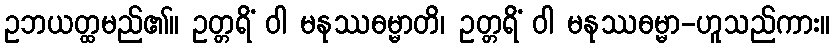
ဥဘယတ္ထမည်၏။ ဥတ္တရိံ ဝါ မနုဿဓမ္မာတိ၊ ဥတ္တရိံ ဝါ မနုဿဓမ္မာ-ဟူသည်ကား။